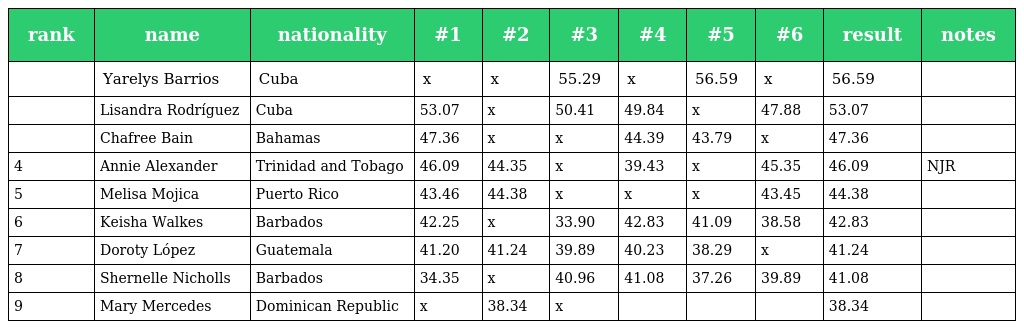
| rank | name | nationality | #1 | #2 | #3 | #4 | #5 | #6 | result | notes |
 | --- | --- | --- | --- | --- | --- | --- | --- | --- | --- | --- |
 |  | Yarelys Barrios | Cuba | x | x | 55.29 | x | 56.59 | x | 56.59 |  |
 |  | Lisandra Rodríguez | Cuba | 53.07 | x | 50.41 | 49.84 | x | 47.88 | 53.07 |  |
 |  | Chafree Bain | Bahamas | 47.36 | x | x | 44.39 | 43.79 | x | 47.36 |  |
 | 4 | Annie Alexander | Trinidad and Tobago | 46.09 | 44.35 | x | 39.43 | x | 45.35 | 46.09 | NJR |
 | 5 | Melisa Mojica | Puerto Rico | 43.46 | 44.38 | x | x | x | 43.45 | 44.38 |  |
 | 6 | Keisha Walkes | Barbados | 42.25 | x | 33.90 | 42.83 | 41.09 | 38.58 | 42.83 |  |
 | 7 | Doroty López | Guatemala | 41.20 | 41.24 | 39.89 | 40.23 | 38.29 | x | 41.24 |  |
 | 8 | Shernelle Nicholls | Barbados | 34.35 | x | 40.96 | 41.08 | 37.26 | 39.89 | 41.08 |  |
 | 9 | Mary Mercedes | Dominican Republic | x | 38.34 | x |  |  |  | 38.34 |  |